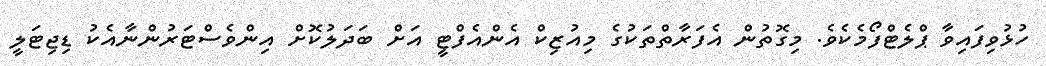
ހުޅުވިފައިވާ ޕްލެޓްފޯމެކެވެ. މިގޮތުން އެފަރާތްތަކުގެ މިއުޒިކް އެންއެފްޓީ އަށް ބަދަލުކޮށް އިންވެސްޓަރުންނާއެކު ޑިޖިޓަލީ